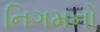
નિગમનો